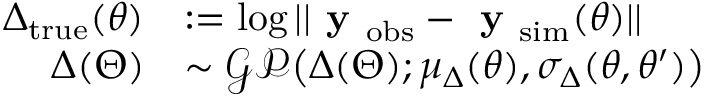
\begin{array} { r l } { \Delta _ { \mathrm { t r u e } } ( \theta ) } & { : = \log | | \textbf { y } _ { \mathrm { o b s } } - \textbf { y } _ { \mathrm { s i m } } ( \theta ) | | } \\ { \Delta ( \Theta ) } & { \sim \mathcal { G P } \big ( \Delta ( \Theta ) ; \mu _ { \Delta } ( \theta ) , \sigma _ { \Delta } ( \theta , \theta ^ { \prime } ) \big ) } \end{array}